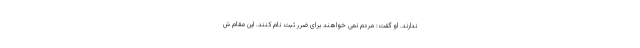
ندارند. او گفت: مردم نمی خواهند برای ضرر ثبت نام کنند. این مقام ش